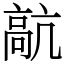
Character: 髚